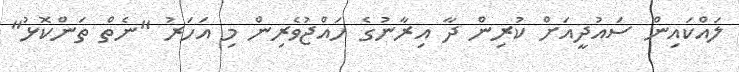
ލައްކައިން ސައުދީއަށް ކުރިން ދާ އިރާނުގެ ހައްޖުވެރިން މި އަހަރު "ނެތް ތަންކޮޅު"